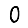
Digit: 0